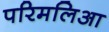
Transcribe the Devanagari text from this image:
परिमलिआ